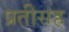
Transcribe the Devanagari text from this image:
प्रतीसह